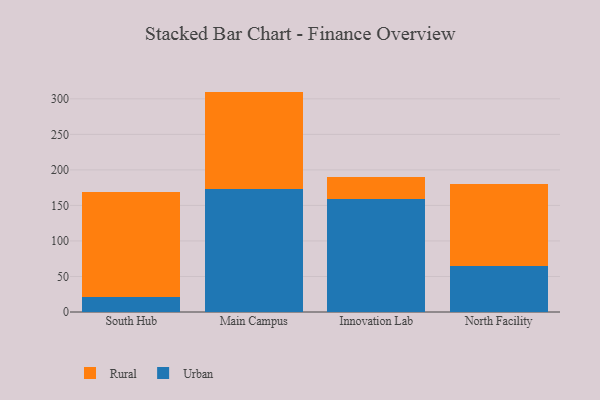
{"axis": {"x": "Campus", "y": "LTV (USD)"}, "legend": ["Rural", "Urban"], "data": [{"x": "South Hub", "y": 20.8, "type": "Urban"}, {"x": "South Hub", "y": 147.7, "type": "Rural"}, {"x": "Main Campus", "y": 173.7, "type": "Urban"}, {"x": "Main Campus", "y": 136.5, "type": "Rural"}, {"x": "Innovation Lab", "y": 159.7, "type": "Urban"}, {"x": "Innovation Lab", "y": 30.9, "type": "Rural"}, {"x": "North Facility", "y": 64.5, "type": "Urban"}, {"x": "North Facility", "y": 115.4, "type": "Rural"}]}